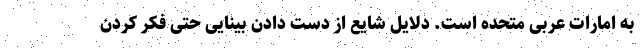
به امارات عربی متحده است. دلایل شایع از دست دادن بینایی حتی فکر کردن